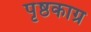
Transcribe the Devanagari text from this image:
पृष्ठकाग्र